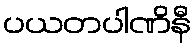
ပယတပါဏိနီ